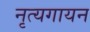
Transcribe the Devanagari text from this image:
नृत्यगायन